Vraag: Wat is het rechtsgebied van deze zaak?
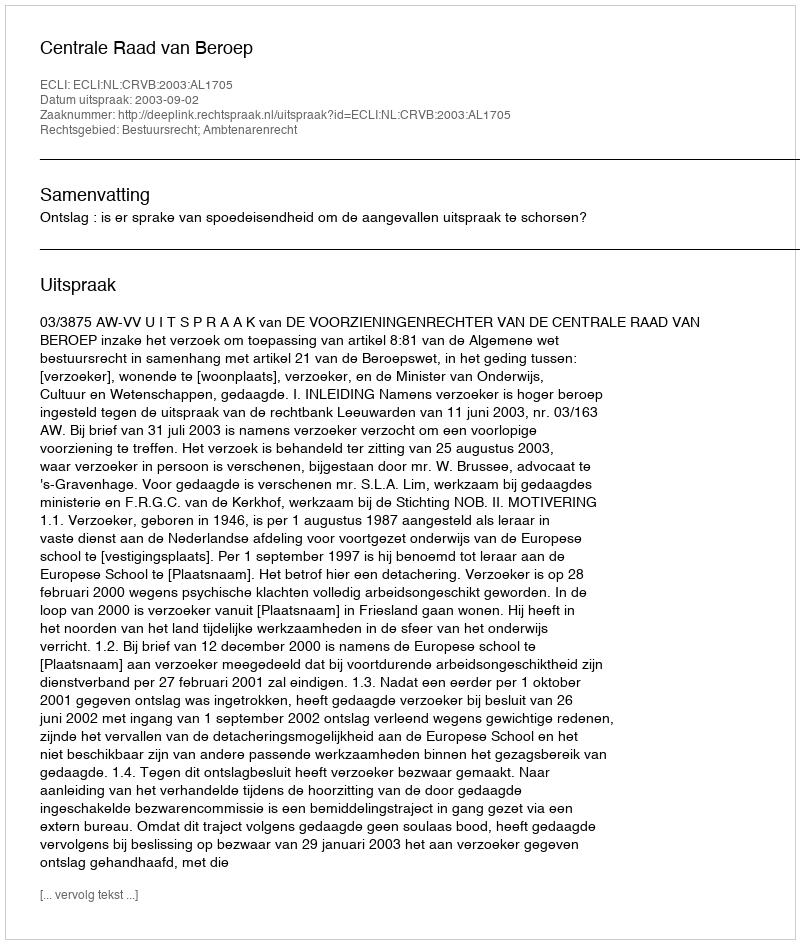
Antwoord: Bestuursrecht; Ambtenarenrecht